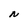
Character: N